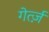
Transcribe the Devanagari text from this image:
गेर्त्ज़